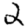
Digit: 2